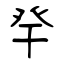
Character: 癷